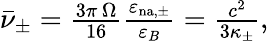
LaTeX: \begin{array}{r}{\bar{\nu}_{\pm}=\frac{3\pi\, \Omega}{16}\frac{\varepsilon_{\mathrm{n{a},\pm}}}{\varepsilon_{B}}=\frac{c^{2}}{3\kappa_{\pm}},}\end{array}